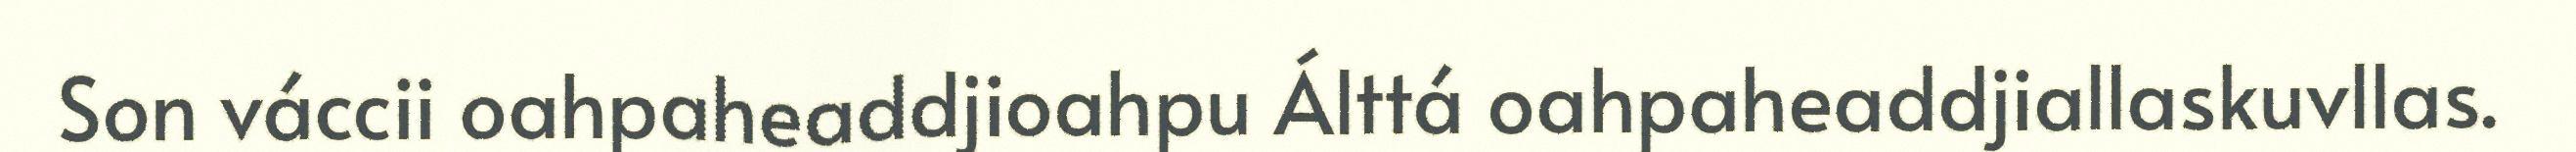
Son váccii oahpaheaddjioahpu Álttá oahpaheaddjiallaskuvllas.